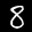
Label: 8